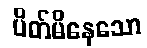
ပိတ်မိနေသော